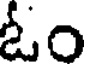
ఓం